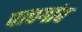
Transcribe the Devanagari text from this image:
पाचगांव